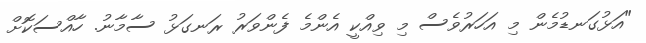
"އަޅުގަނޑުމެން މި އަހަރުވެސް މި ވިއްކީ އެންމެ ފެންވަރު ރަނގަޅު ސާމާނު. ހާއްސަކޮށް